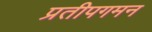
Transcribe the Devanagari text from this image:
प्रतीपगमन